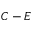
C - E